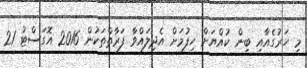
މި ހަރުގެއާއި ބިން ކުއްޔަށް ހިފުމަށް އެދިލައްވާ ފަރާތްތަކުން 2016 އޮގަސްޓު 21